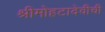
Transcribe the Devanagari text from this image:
श्रीमोहटादेवीची